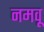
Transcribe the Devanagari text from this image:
नमवू